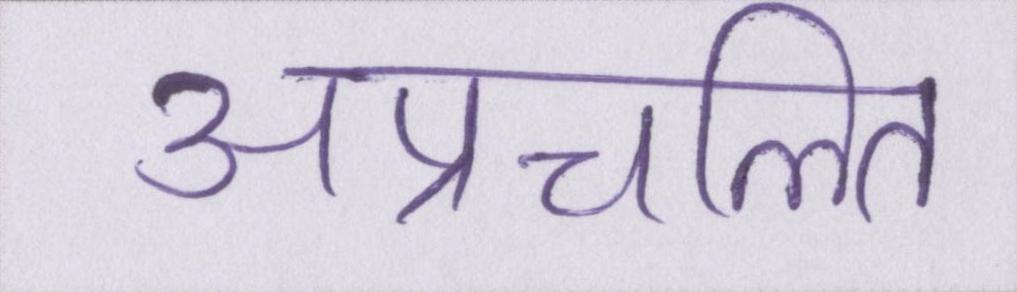
अप्रचलित